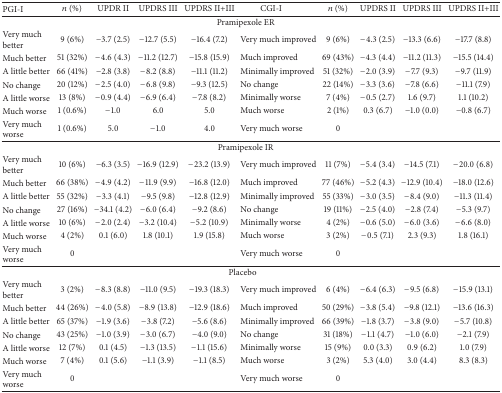
<table><thead><tr><td><b>PGI-I</b></td><td><b><i>n</i> (%)</b></td><td><b>UPDR II</b></td><td><b>UPDRS III</b></td><td><b>UPDRS II+III</b></td><td><b>CGI-I</b></td><td><b><i>n</i> (%)</b></td><td><b>UPDRS II</b></td><td><b>UPDRS III</b></td><td><b>UPDRS II+III</b></td></tr></thead><tbody><tr><td colspan="10">Pramipexole ER </td></tr><tr><td>Very much better</td><td>9 (6%)</td><td>−3.7 (2.5)</td><td>−12.7 (5.5)</td><td>−16.4 (7.2)</td><td>Very much improved</td><td>9 (6%)</td><td>−4.3 (2.5)</td><td>−13.3 (6.6)</td><td>−17.7 (8.8)</td></tr><tr><td>Much better</td><td>51 (32%)</td><td>−4.6 (4.3)</td><td>−11.2 (12.7)</td><td>−15.8 (15.9)</td><td>Much improved</td><td>69 (43%)</td><td>−4.3 (4.4)</td><td>−11.2 (11.3)</td><td>−15.5 (14.4)</td></tr><tr><td>A little better</td><td>66 (41%)</td><td>−2.8 (3.8)</td><td>−8.2 (8.8)</td><td>−11.1 (11.2)</td><td>Minimally improved</td><td>51 (32%)</td><td>−2.0 (3.9)</td><td>−7.7 (9.3)</td><td>−9.7 (11.9)</td></tr><tr><td>No change</td><td>20 (12%)</td><td>−2.5 (4.0)</td><td>−6.8 (9.8)</td><td>−9.3 (12.5)</td><td>No change</td><td>22 (14%)</td><td>−3.3 (3.6)</td><td>−7.8 (6.6)</td><td>−11.1 (7.9)</td></tr><tr><td>A little worse</td><td>13 (8%)</td><td>−0.9 (4.4)</td><td>−6.9 (6.4)</td><td>−7.8 (8.2) </td><td>Minimally worse</td><td>7 (4%)</td><td>−0.5 (2.7)</td><td>1.6 (9.7)</td><td>1.1 (10.2)</td></tr><tr><td>Much worse</td><td>1 (0.6%)</td><td>−1.0</td><td>6.0</td><td>5.0</td><td>Much worse</td><td>2 (1%)</td><td>0.3 (6.7)</td><td>−1.0 (0.0)</td><td>−0.8 (6.7)</td></tr><tr><td>Very much worse</td><td>1 (0.6%)</td><td>5.0</td><td>−1.0</td><td>4.0</td><td>Very much worse</td><td>0</td><td> </td><td> </td><td> </td></tr><tr><td colspan="10">Pramipexole IR </td></tr><tr><td>Very much better</td><td>10 (6%)</td><td>−6.3 (3.5)</td><td>−16.9 (12.9)</td><td>−23.2 (13.9)</td><td>Very much improved</td><td>11 (7%)</td><td>−5.4 (3.4)</td><td>−14.5 (7.1)</td><td>−20.0 (6.8)</td></tr><tr><td>Much better</td><td>66 (38%)</td><td>−4.9 (4.2)</td><td>−11.9 (9.9)</td><td>−16.8 (12.0)</td><td>Much improved</td><td>77 (46%)</td><td>−5.2 (4.3)</td><td>−12.9 (10.4)</td><td>−18.0 (12.6)</td></tr><tr><td>A little better</td><td>55 (32%)</td><td>−3.3 (4.1)</td><td>−9.5 (9.8)</td><td>−12.8 (12.9)</td><td>Minimally improved</td><td>55 (33%)</td><td>−3.0 (3.5)</td><td>−8.4 (9.0)</td><td>−11.3 (11.4)</td></tr><tr><td>No change</td><td>27 (16%)</td><td>−34.1 (4.2)</td><td>−6.0 (6.4)</td><td>−9.2 (8.6)</td><td>No change</td><td>19 (11%)</td><td>−2.5 (4.0)</td><td>−2.8 (7.4)</td><td>−5.3 (9.7)</td></tr><tr><td>A little worse</td><td>10 (6%)</td><td>−2.0 (2.4)</td><td>−3.2 (10.4)</td><td>−5.2 (10.9)</td><td>Minimally worse</td><td>4 (2%)</td><td>−0.6 (5.0)</td><td>−6.0 (3.6)</td><td>−6.6 (8.0)</td></tr><tr><td>Much worse</td><td>4 (2%)</td><td>0.1 (6.0)</td><td>1.8 (10.1)</td><td>1.9 (15.8)</td><td>Much worse</td><td>3 (2%)</td><td>−0.5 (7.1)</td><td>2.3 (9.3)</td><td>1.8 (16.1)</td></tr><tr><td>Very much worse</td><td>0</td><td> </td><td> </td><td> </td><td>Very much worse</td><td>0</td><td> </td><td> </td><td> </td></tr><tr><td colspan="10">Placebo </td></tr><tr><td>Very much better</td><td>3 (2%)</td><td>−8.3 (8.8)</td><td>−11.0 (9.5)</td><td>−19.3 (18.3)</td><td>Very much improved</td><td>6 (4%)</td><td>−6.4 (6.3)</td><td>−9.5 (6.8)</td><td>−15.9 (13.1)</td></tr><tr><td>Much better</td><td>44 (26%)</td><td>−4.0 (5.8)</td><td>−8.9 (13.8)</td><td>−12.9 (18.6)</td><td>Much improved</td><td>50 (29%)</td><td>−3.8 (5.4)</td><td>−9.8 (12.1)</td><td>−13.6 (16.3)</td></tr><tr><td>A little better</td><td>65 (37%)</td><td>−1.9 (3.6)</td><td>−3.8 (7.2)</td><td>−5.6 (8.6)</td><td>Minimally improved</td><td>66 (39%)</td><td>−1.8 (3.7)</td><td>−3.8 (9.0)</td><td>−5.7 (10.8)</td></tr><tr><td>No change</td><td>43 (25%)</td><td>−1.0 (3.9)</td><td>−3.0 (6.7)</td><td>−4.0 (9.0)</td><td>No change</td><td>31 (18%)</td><td>−1.1 (4.7)</td><td>−1.0 (6.0)</td><td>−2.1 (7.9)</td></tr><tr><td>A little worse</td><td>12 (7%)</td><td>0.1 (4.5)</td><td>−1.3 (13.5)</td><td>−1.1 (15.6)</td><td>Minimally worse</td><td>15 (9%)</td><td>0.0 (3.3)</td><td>0.9 (6.2)</td><td>1.0 (7.9)</td></tr><tr><td>Much worse</td><td>7 (4%)</td><td>0.1 (5.6)</td><td>−1.1 (3.9)</td><td>−1.1 (8.5)</td><td>Much worse</td><td>3 (2%)</td><td>5.3 (4.0)</td><td>3.0 (4.4)</td><td>8.3 (8.3)</td></tr><tr><td>Very much worse</td><td>0</td><td> </td><td> </td><td> </td><td>Very much worse</td><td>0</td><td> </td><td> </td><td> </td></tr></tbody></table>